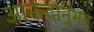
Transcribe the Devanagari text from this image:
आनन्दानुभव